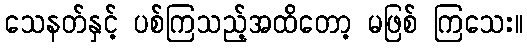
သေနတ်နှင့် ပစ်ကြသည့်အထိတော့ မဖြစ် ကြသေး။